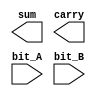
`timescale 1ns / 1ps

//////////////////////////////////////////////////////////////////////////////////
// ACS
// Computer Design 1
//  
// Module Name:  		half_adder_procedural 
// Project Name:		Laborator 6
// Target Devices: 		Digilent Nexys 3
//////////////////////////////////////////////////////////////////////////////////

module half_adder_procedural(
		output reg sum,
		output reg carry,
		input bit_A,
		input bit_B
    );

	// TODO 1.3: Implementati un half-adder utiliznd descrierea la nivel procedural

endmodule